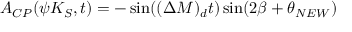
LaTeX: A _ { C P } ( \psi K _ { S } , t ) = - \sin ( ( \Delta M ) _ { d } t ) \sin ( 2 \beta + \theta _ { N E W } )